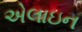
એલાઇન